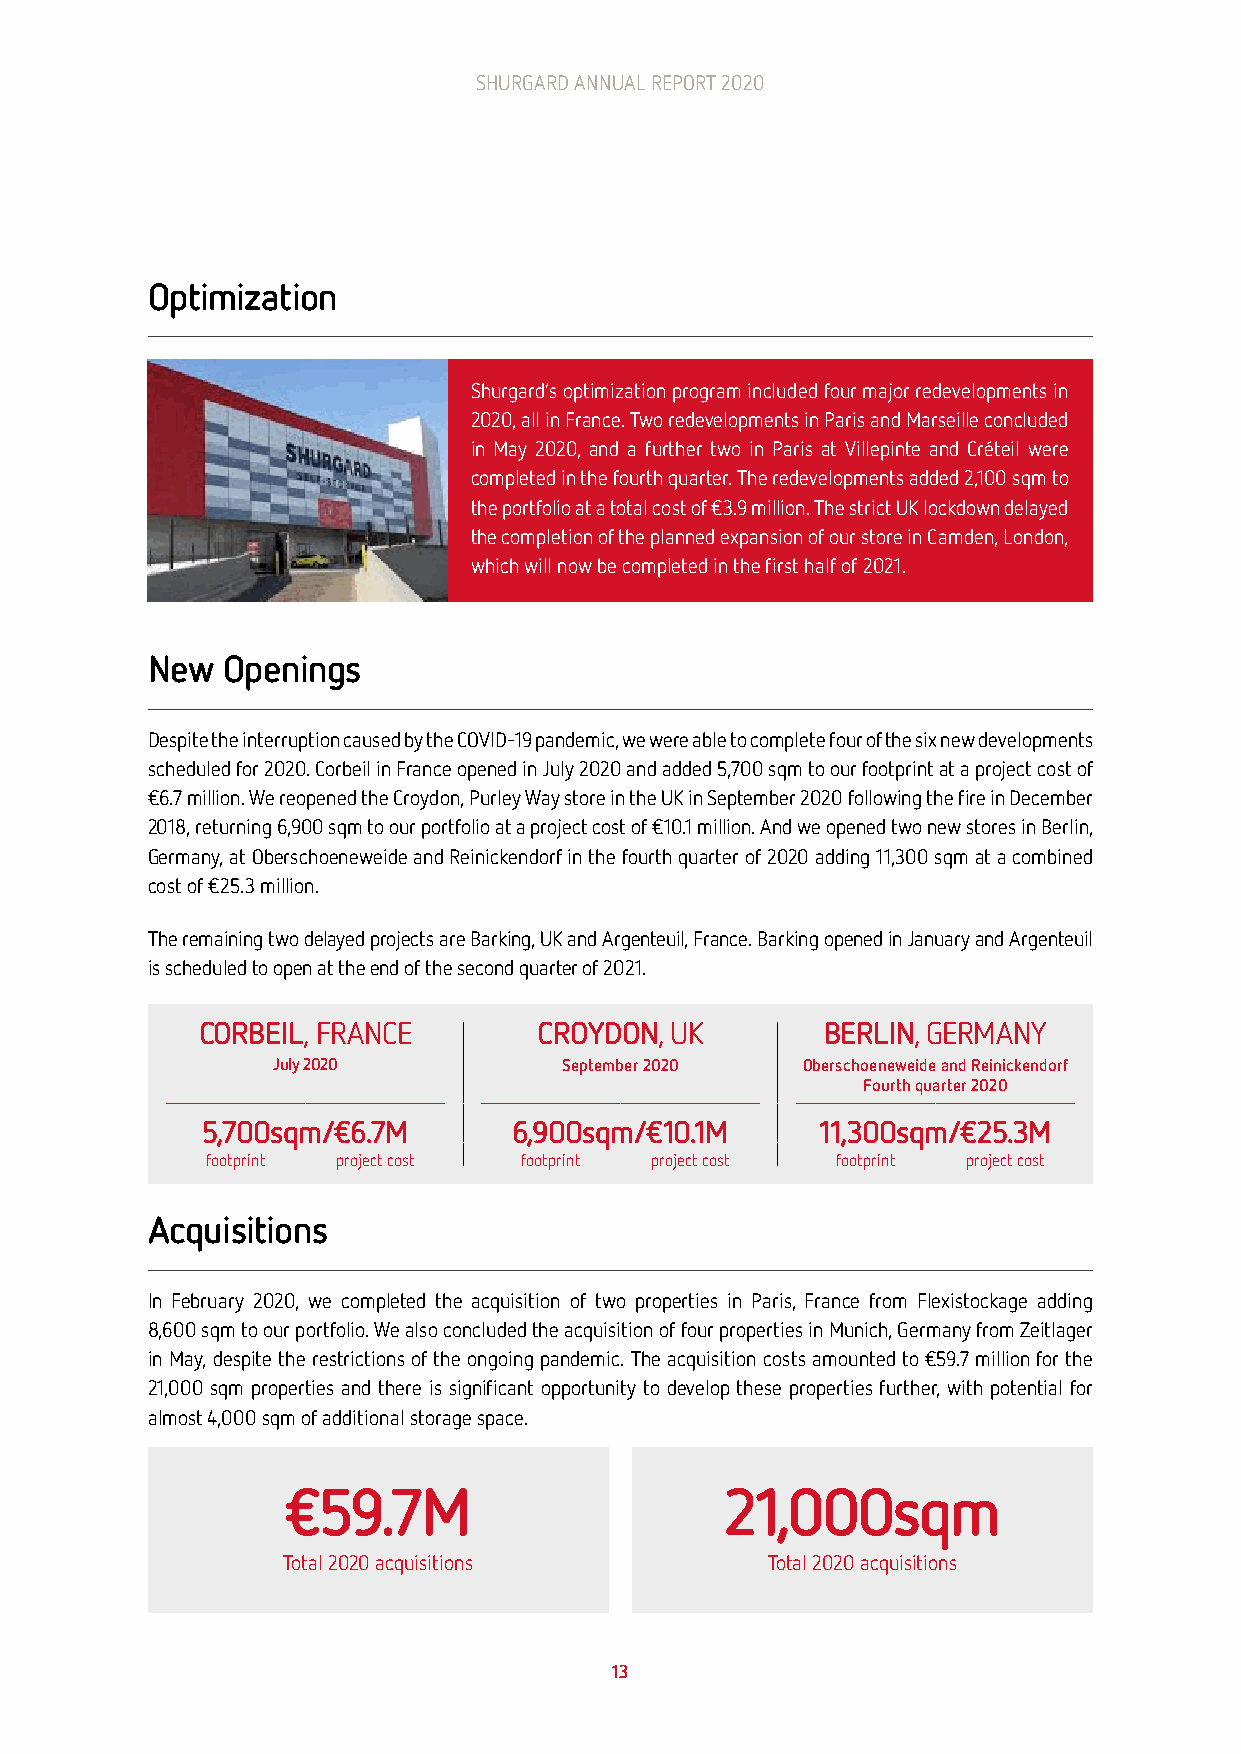
SHURGARD ANNUAL REPORT 2020     SHURGARD ANNUAL REPORT 2020
 Optimization
 Shurgard’s optimization program included four major redevelopments in
 2020, all in France. Two redevelopments in Paris and Marseille concluded
 in May 2020, and a further two in Paris at Villepinte and Créteil were
 completed in the fourth quarter. The redevelopments added 2,100 sqm to
 the portfolio at a total cost of €3.9 million. The strict UK lockdown delayed
 the completion of the planned expansion of our store in Camden, London,
 which will now be completed in the first half of 2021.
 New  Openings
 Despite the interruption caused by the COVID-19 pandemic, we were able to complete four of the six new developments
 scheduled for 2020. Corbeil in France opened in July 2020 and added 5,700 sqm to our footprint at a project cost of
 €6.7 million. We reopened the Croydon, Purley Way store in the UK in September 2020 following the fire in December
 2018, returning 6,900 sqm to our portfolio at a project cost of €10.1 million. And we opened two new stores in Berlin,
 Germany, at Oberschoeneweide and Reinickendorf in the fourth quarter of 2020 adding 11,300 sqm at a combined
 cost of €25.3 million.
 The remaining two delayed projects are Barking, UK and Argenteuil, France. Barking opened in January and Argenteuil
 is scheduled to open at the end of the second quarter of 2021.
 CORBEIL, FRANCE        CROYDON, UK        BERLIN, GERMANY
 July 2020          September 2020  Oberschoeneweide and Reinickendorf
 Fourth quarter 2020
 5,700sqm/€6.7M       6,900sqm/€10.1M     11,300sqm/€25.3M
 footprint project cost footprint project cost footprint project cost
 Acquisitions
 In February 2020, we completed the acquisition of two properties in Paris, France from Flexistockage adding
 8,600 sqm to our portfolio. We also concluded the acquisition of four properties in Munich, Germany from Zeitlager
 in May, despite the restrictions of the ongoing pandemic. The acquisition costs amounted to €59.7 million for the
 21,000 sqm properties and there is significant opportunity to develop these properties further, with potential for
 almost 4,000 sqm of additional storage space.
 €59.7M                       21,000sqm
 Total 2020 acquisitions         Total 2020 acquisitions
 13